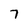
Character: 7